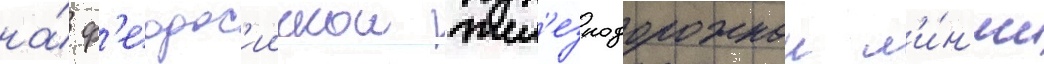
на́ ф'еодос'иискои жел'езнодорожнои л'и́н'ии